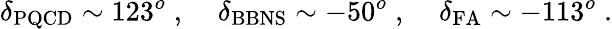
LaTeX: \delta_{\mathrm{PQCD}}\sim 123^{o}\; ,\; \; \; \; \delta_{\mathrm{BBNS}}\sim-50^{o}\; ,\; \; \; \; \delta_{\mathrm{FA}}\sim-113^{o}\; .